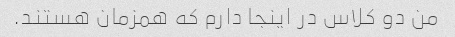
من دو کلاس در اینجا دارم که همزمان هستند.